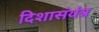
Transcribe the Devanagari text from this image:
दिशासंयंत्र